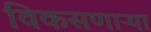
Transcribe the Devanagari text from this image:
विकसणाऱ्या